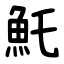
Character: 魠